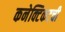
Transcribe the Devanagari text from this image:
कनेक्टिकटची